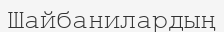
Шайбанилардың